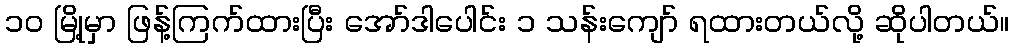
၁၀ မြို့မှာ ဖြန့်ကြက်ထားပြီး အော်ဒါပေါင်း ၁ သန်းကျော် ရထားတယ်လို့ ဆိုပါတယ်။